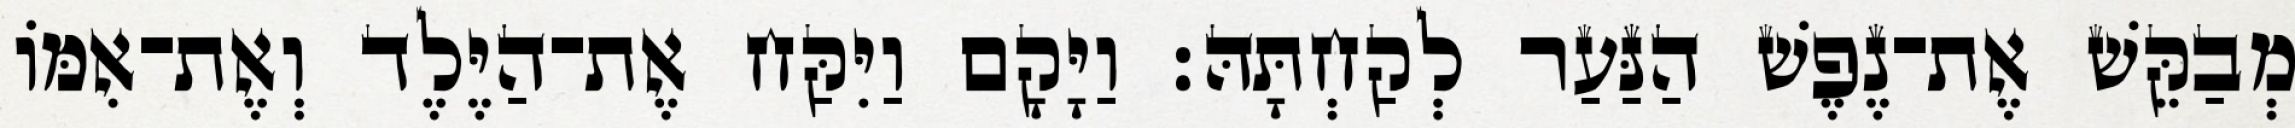
מְבַקֵּשׁ אֶת־נֶפֶשׁ הַנַּעַר לְקַחְתָּהּ׃ וַיָּקָם וַיִּקַּח אֶת־הַיֶּלֶד וְאֶת־אִמּוֹ